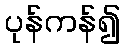
ပုန်ကန်၍